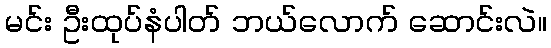
မင်း ဦးထုပ်နံပါတ် ဘယ်လောက် ဆောင်းလဲ။